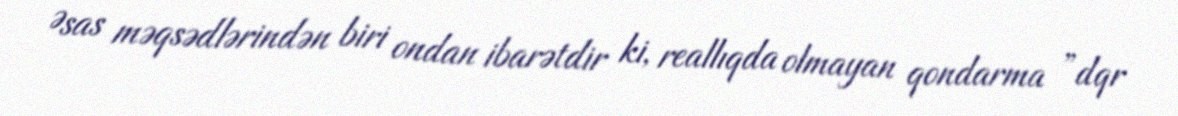
Əsas məqsədlərindən biri ondan ibarətdir ki, reallıqda olmayan qondarma ”dqr